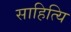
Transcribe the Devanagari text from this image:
साहित्यि